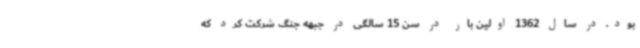
بود. در سال 1362 اولین بار در سن 15 سالگی در جبهه جنگ شرکت کرد که